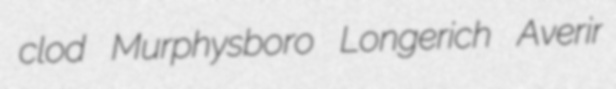
clod Murphysboro Longerich Averir